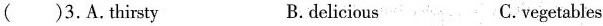
()3.A.thirsty B.delicious C.vegetables